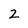
Character: 2